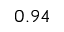
0 . 9 4